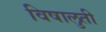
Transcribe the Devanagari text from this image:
विषालुती